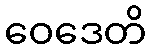
ဝေဒေတိ